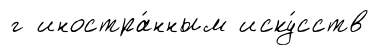
г иностра́нным иску́сств